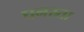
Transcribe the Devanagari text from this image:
घनस्र्ता